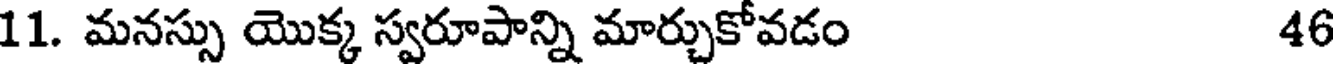
11. మనస్సు యొక్క స్వరూపాన్ని మార్చుకోవడం 46